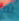
لم